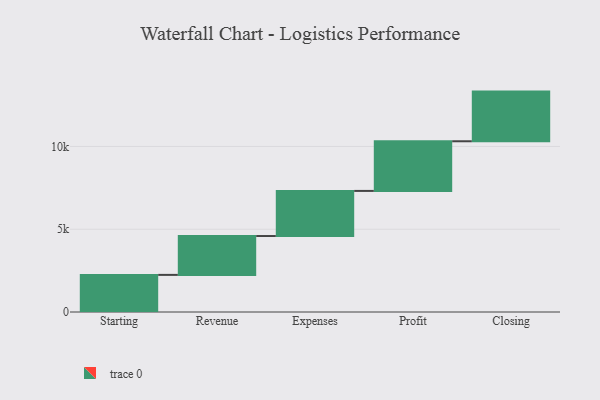
{"axis": {"x": "Step", "y": "Value"}, "legend": [""], "data": [{"x": "Starting", "y": 2242.0, "type": ""}, {"x": "Revenue", "y": 2347.0, "type": ""}, {"x": "Expenses", "y": 2725.0, "type": ""}, {"x": "Profit", "y": 3000, "type": ""}, {"x": "Closing", "y": 3000, "type": ""}]}